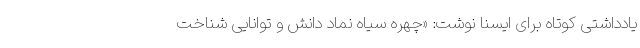
یادداشتی کوتاه برای ایسنا نوشت:‌ «چهره سیاه نماد دانش و توانایی شناخت